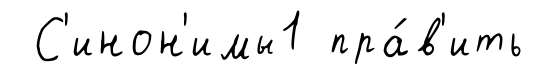
С'инон'имы1 пра́в'ить